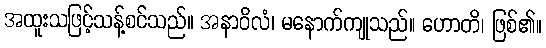
အထူးသဖြင့်သန့်စင်သည်။ အနာဝိလံ၊ မနောက်ကျုသည်။ ဟောတိ၊ ဖြစ်၏။